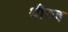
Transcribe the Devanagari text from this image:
थीव्ज